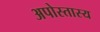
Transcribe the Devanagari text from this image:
अपोस्तास्य